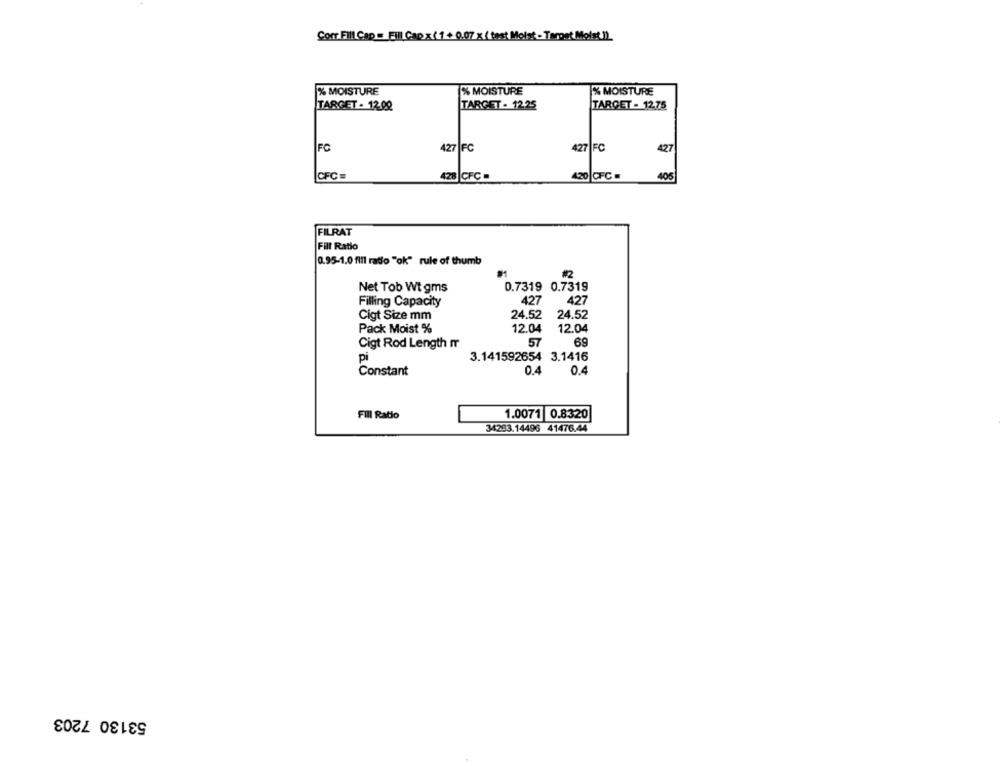
Con Fil Cap = Fil Cap x(1+0.07 x (fast Moist - Target Molst1)
% MOISTURE
% MOISTURE
% MOISTURE
TARGET - 12.00
TARGET - 12.25
TARGET - 12.75
427 FC
FC
427 FC
427
CFC=
428 CFC .
420 CFC .
405
FILRAT
Fill Ratio
0.95-1.0 fill radio "ok" rule of thumb
#2
Net Tob Wt gms
0.7319 0.7319
Filling Capacity
427
427
Cigt Size mm
24.52
24.52
Pack Moist %
12.04
12.04
57
69
Cigt Rod Length mr
3.141592654 3.1416
pi
Constant
0.4
0.4
Fill Ratio
1.0071 0.8320
34283.14496 41476.44
53130 7203